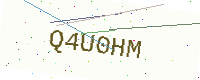
Text: Q4U0HM